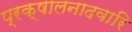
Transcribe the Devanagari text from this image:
प्रक्षालनादवारि